Vital statistics of India. Vol. V, Reports of 1876 on armies & jails and on epidemic cholera
Year: 1876
Disease focus: Cholera
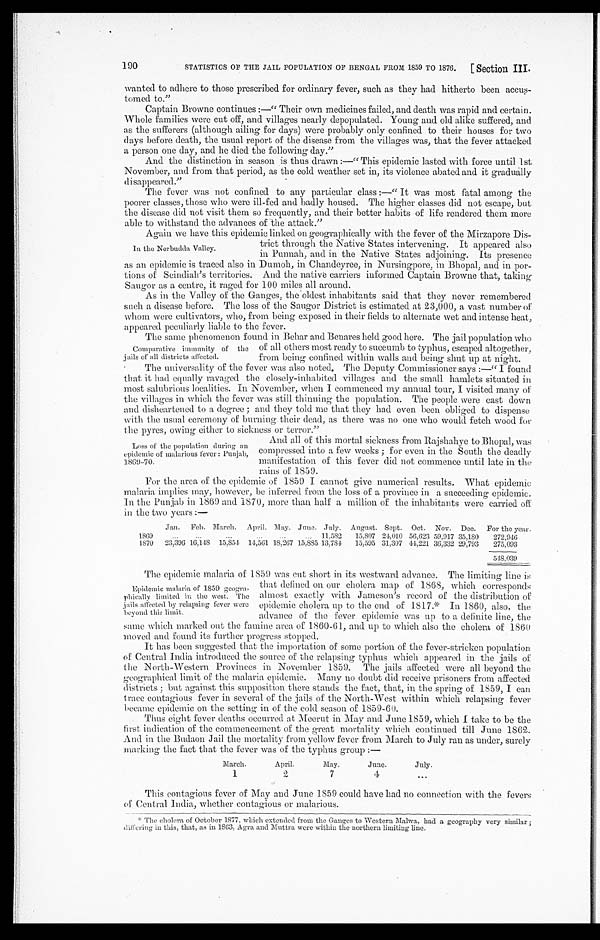
190
STATISTICS OF THE JAIL POPULATION OF BENGAL FROM 1859 TO 1876.
[ Section III.
wanted to adhere to those prescribed for ordinary fever, such as they had hitherto been accu
s-tomed to."
Captain Browne continues :—" Their own medicines failed, and death was rapid and certain.
Whole families were cut off, and villages nearly depopulated. Young and old alike suffered, and
as the sufferers (although ailing for days) were probably only confined to their houses for two
days before death, the usual report of the disease from the villages was, that the fever attacked
a person one day, and he died the following day."
And the distinction in season is thus drawn :—" This epidemic lasted with force until 1st
November, and from that period, as the cold weather set in, its violence abated and it gradually
disappeared."
The fever was not confined to any particular class :—" It was most fatal among the
poorer classes, those who were ill-fed and badly housed. The higher classes did not escape, but
the disease did not visit them so frequently, and their better habits of life rendered them more
able to withstand the advances of the attack."
Again we have this epidemic linked on geographically with the fever of the Mirzapore Dis-
trict through the Native States intervening. It appeared also
in Punnah, and in the Native States adjoining. Its presence
as an epidemic is traced also in Dumoh, in Chandeyree, in Nursingpore, in Bhopal, and in por-
- t i o n s o f S c i n d i a h ' s t e r r i t o r i e s . A n d t h e n a t i v e c a r r i e r s i n f o r m e d C a p t a i n B r o w n e t h a t , t a k i n g
Saugor as a centre, it raged for 100 miles all around.
As in the Valley of the Ganges, the oldest inhabitants said that they never remembered
such a disease before. The loss of the Saugor District is estimated at 23,000, a vast number of
whom were cultivators, who, from being exposed in their fields to alternate wet and intense heat,
appeared peculiarly liable to the fever.
The same phenomenon found in Behar and Benares held good here. The jail population who
of all others most ready to succumb to typhus, escaped altogether,
from being confined within walls and being shut up at night.
T h e u n i v e r s a l i t y o f t h e f e v e r w a s a l s o n o t e d . T h e D e p u t y C o m m i s s i o n e r s a y s : — " I f o u n d
that it had equally ravaged the closely-inhabited villages and the small hamlets situated in
most salubrious localities. In November, when I commenced my annual tour, I visited many of
the villages in which the fever was still thinning the population. The people were cast down
and disheartened to a degree ; and they told me that they had even been obliged to dispense
with the usual ceremony of burning their dead, as there was no one who would fetch wood for
the pyres, owing either to sickness or terror."
And all of this mortal sickness from Rajshahye to Bhopal, was
compressed into a few weeks ; for even in the South the deadly
manifestation of this fever did not commence until late in the
rains of 1859.
For the area of the epidemic of 1859 I cannot give numerical results. What epidemic
malaria implies may, however, be inferred from the loss of a province in a succeeding epidemic.
In the Punjab in 1860 and 1870, more than half a million of the inhabitants were carried off
in the two years :—
186
Jan.
Feb. March.
April. May. June. July. August. Sept. Oct. Nov. Dec.
For the year.
. . .
. . .
. . .
. . .
. . .
. . .
11,582
15,807 24,010 56,623 59,917 35,180
272,946
1870
23,396 16,148 15,854 14,561 18,267 15,885 13,784
15,595 31,307 44,221 36,332 29,793
275,093
548,039
The epidemic malaria of 1859 was cut short in its westward advance. The limiting line is
that defined on our cholera map of 1868, which corresponds
almost exactly with Jameson's record of the distribution of
epidemic cholera up to the end of 1817.* In 1860, also, the
advance of the fever epidemic was up to a definite line, the
same which marked out the famine area of 1860-61, and up to which also the cholera of 1860
moved and found its further progress stopped.
It has been suggested that the importation of some portion of the fever-stricken population
of Central India introduced the source of the relapsing typhus which appeared in the jails of
the North-Western Provinces in November 1859. The jails affected were all beyond the
geographical limit of the malaria epidemic. Many no doubt did receive prisoners from affected
districts ; but against this supposition there stands the fact, that, in the spring of 1859, I can
trace contagious fever in several of the jails of the North-West within which relapsing fever
became epidemic on the setting in of the cold season of 1859-60.
Thus eight fever deaths occurred at Meerut in May and June 1859, which 1 take to be the
first, indication of the commencement of the great mortality which continued till June 1862.
And in the Budaon Jail the mortality from yellow fever from March to July ran as under, surely
harking the fact that the fever was of the typhus group :—
March.
April.
May.
June.
July.
1
2
7
4
. . .
This contagions fever of May and June 1859 could have had no connection with the fevers
of Central India, whether contagious or malarious.
*The cholera of October 1877, which extended from the Ganges to Western Malwa, had a geography very similar ;
differing in this, that, as in 1863, Agra and Muttra were within the northern limiting line.
In the Nerbudda Valley.
Comparative immunity of the
jails of all districts affected.
Loss of the population during an
epidemic of malarious fever : Punjab,
1869-70.
Epidemic malaria of 1859 geogra
-phically limited in the west. The
jails affected by relapsing fever were
beyond this limit.